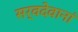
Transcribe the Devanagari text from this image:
सर्वदेवानां